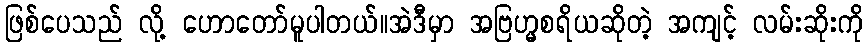
ဖြစ်ပေသည် လို့ ဟောတော်မူပါတယ်။အဲဒီမှာ အဗြဟ္မစရိယဆိုတဲ့ အကျင့် လမ်းဆိုးကို